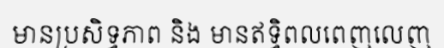
មានប្រសិទ្ធភាព និង មានឥទ្ធិពលពេញលេញ